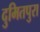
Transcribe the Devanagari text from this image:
दुमितपुरा